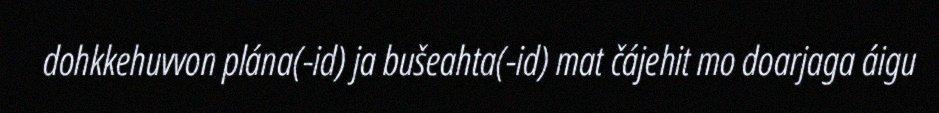
dohkkehuvvon plána(-id) ja bušeahta(-id) mat čájehit mo doarjaga áigu